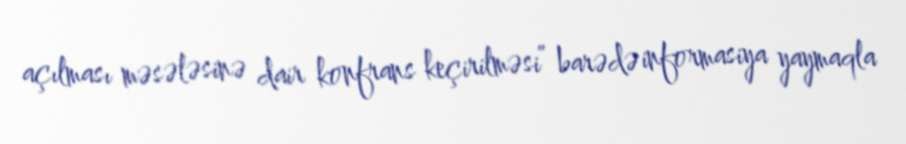
açılması məsələsinə dair konfrans keçirilməsi” barədə informasiya yaymaqla